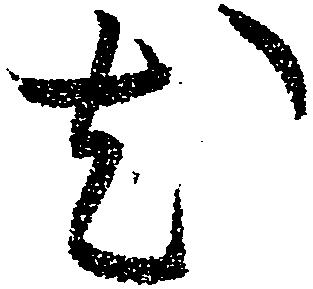
尤